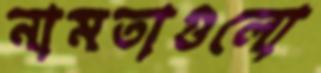
নামতাগুলো